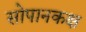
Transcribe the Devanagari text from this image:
सोपानकक्ष